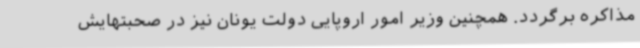
مذاکره برگردد. همچنین وزیر امور اروپایی دولت یونان نیز در صحبتهایش